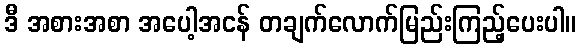
ဒီ အစားအစာ အပေါ့အငန် တချက်လောက်မြည်းကြည့်ပေးပါ။